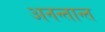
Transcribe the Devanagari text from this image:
अनन्तान्त